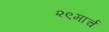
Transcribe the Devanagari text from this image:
२९मार्च